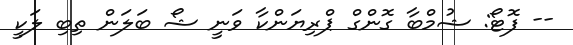
-- ފޮޓޯ: ޝުމްބާ ގޮންގް ޕްރިޔަންކާ ވަނީ ޝޯ ބަލަން ތިބި ލަކީ